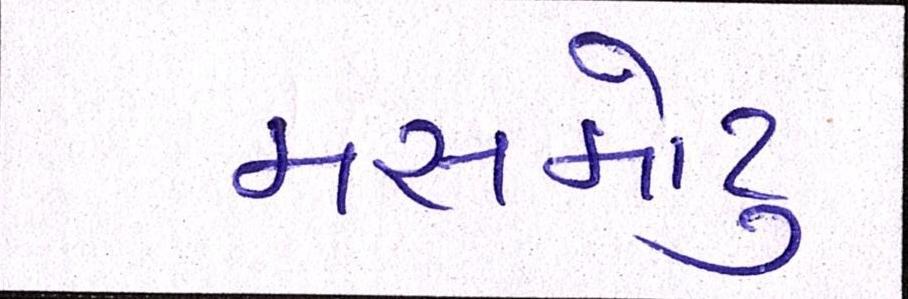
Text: મસમોટુ